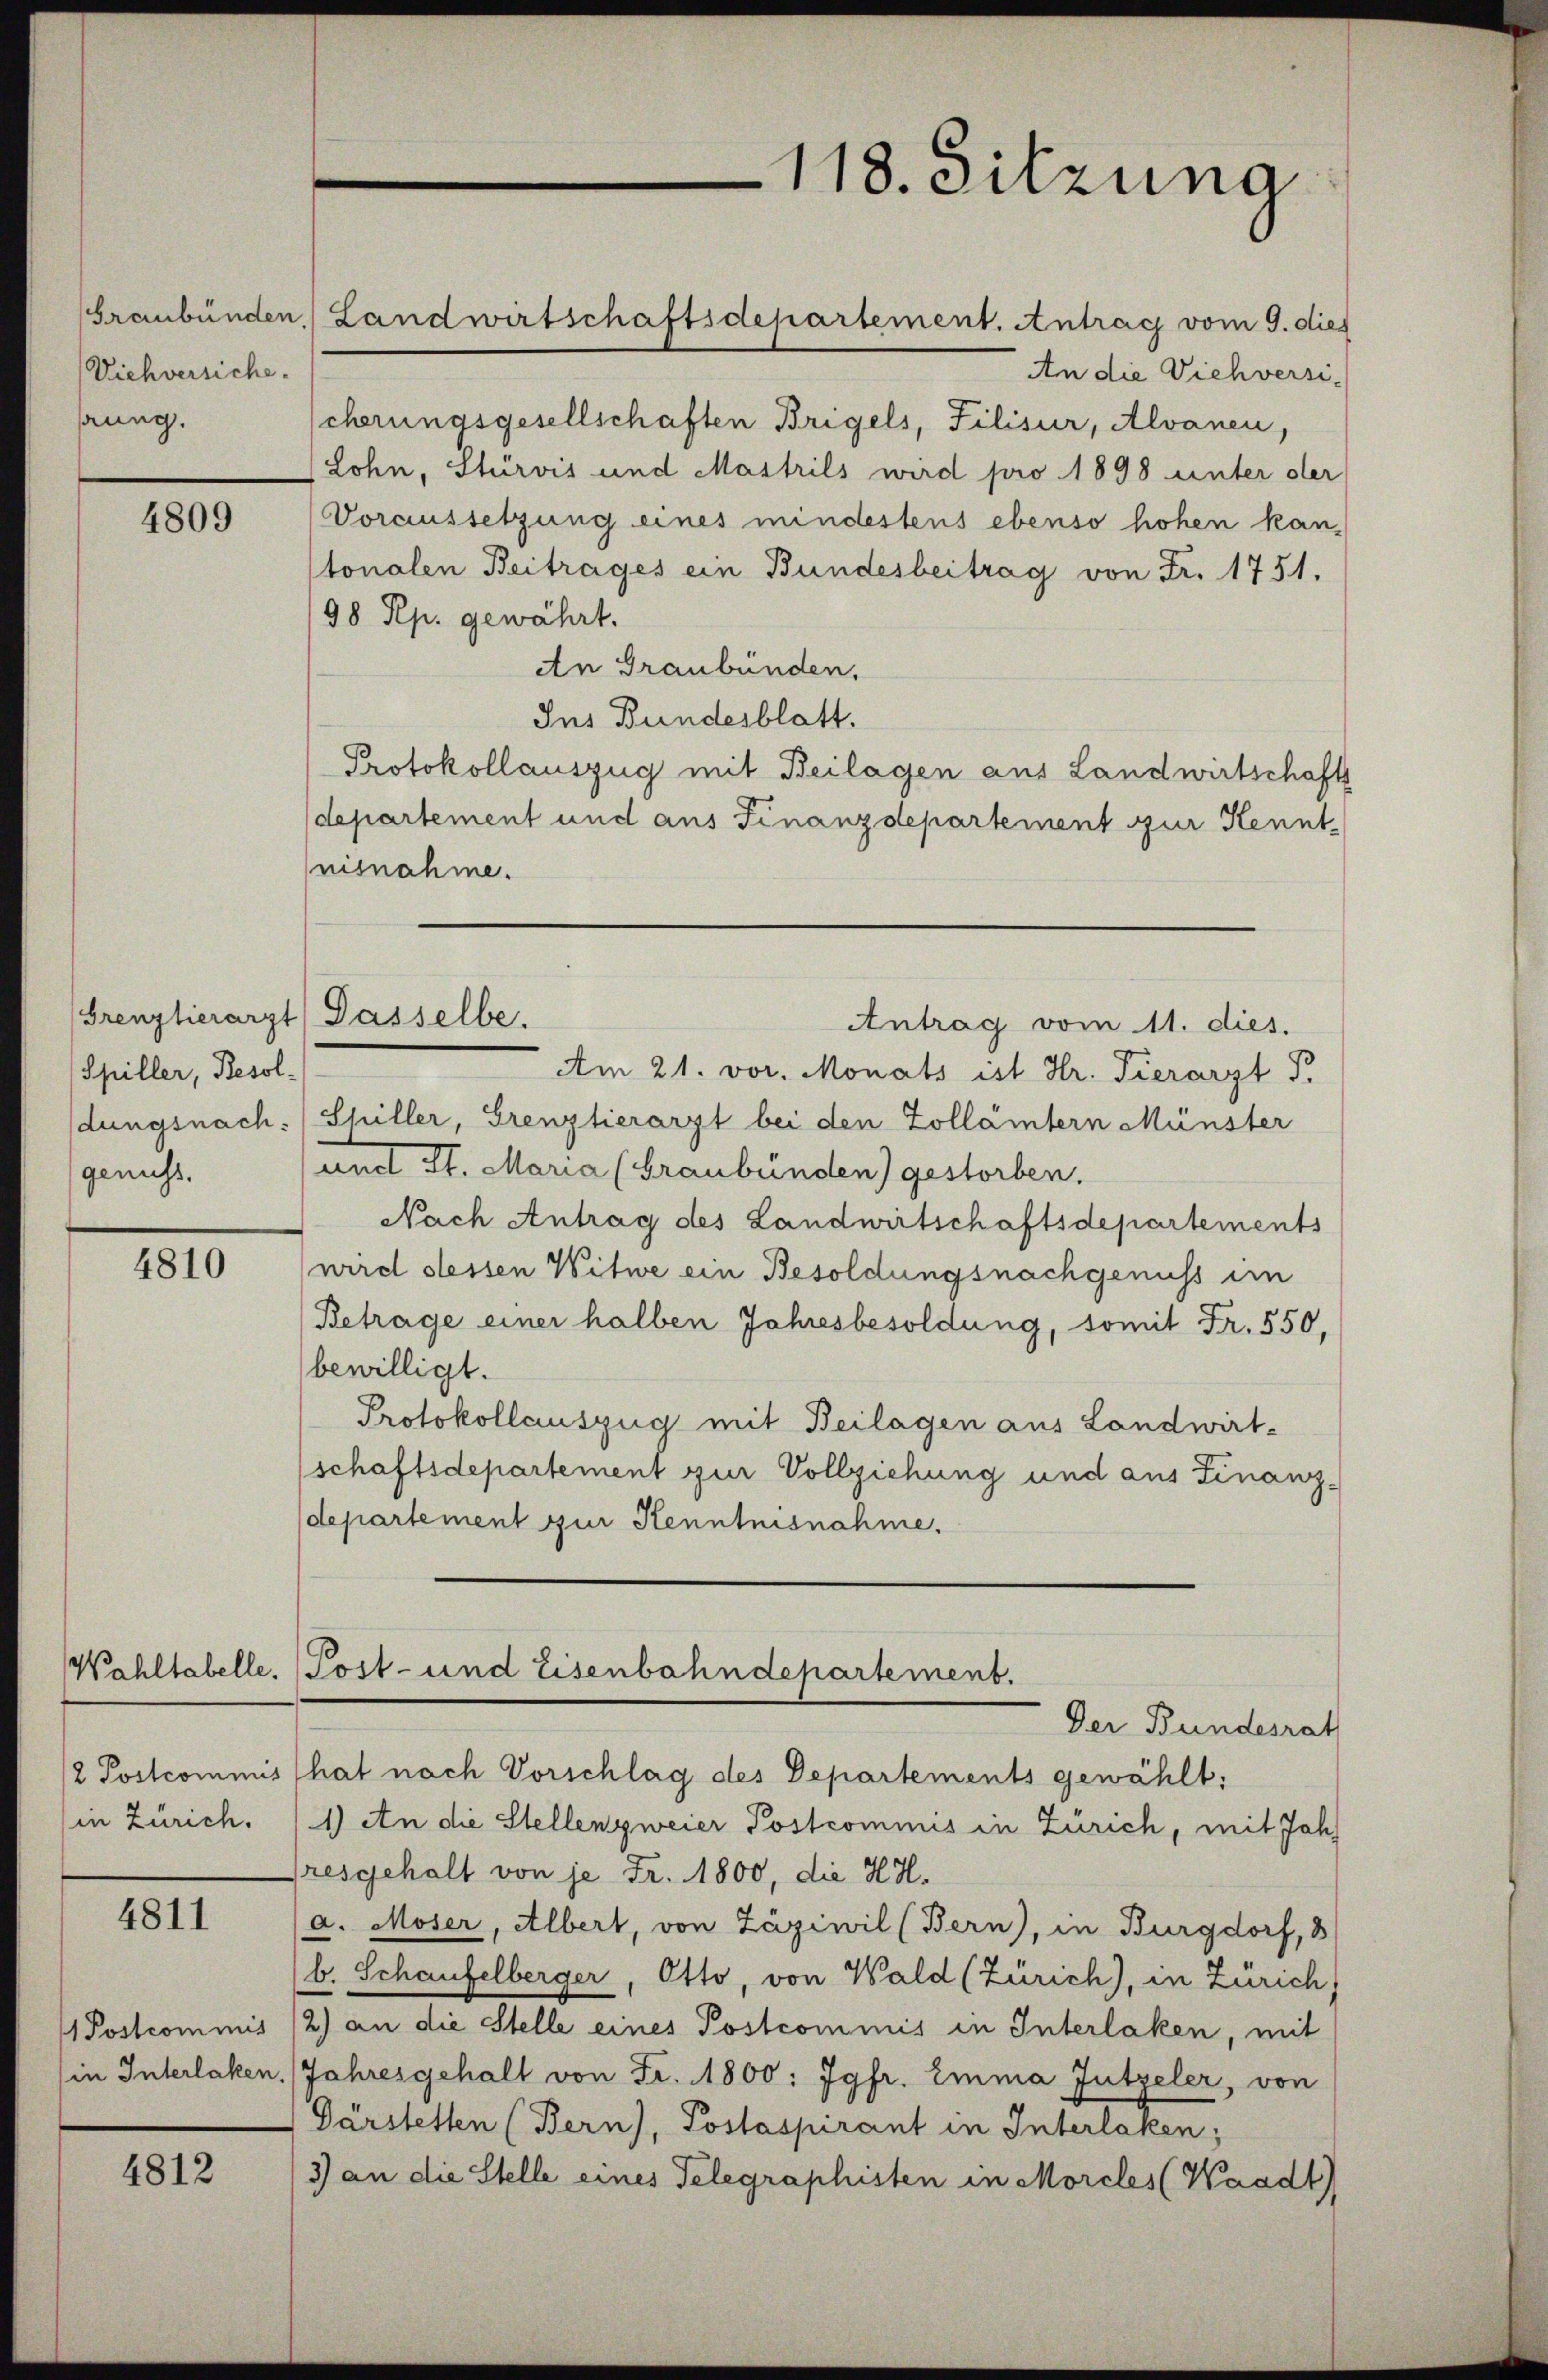
Viehversiche.
ung.

4809

Spiller, Besoldungsnach:
genuss.

4810

/2 Postcommis
(in Zürich.

4811

4812

Postcommis
in Interlaken,

Grenztierarzt Gasselbe.

An die Viehversischerungsgesellschaften Brigels, Filisur, Alvanen,
Lohn, Stürvis und Mastrils wird pro 1898 unter der
Voraussetzung eines mindestens ebenso hohen kantonalen Beitrages ein Bundesbeitrag von Fr. 1751.
98 Rp. gewährt.
An Graubünden,
Ins Bundesblatt.
Protokollauszug mit Beilagen aus Landwirtschafts
(departement und aus Finanzdepartement zur Kenntnisnahme.
Antrag vom 11. dies.
Am 21. vor. Monats ist Hr. Tierarzt F.
Chiller, Grenztierarzt bei den Zollämtern Münster
und St. Maria (Graubünden) gestorben.
Nach Antrag des Landwirtschaftsdepartements
wird dessen Witwe ein Besoldungsnachgenuss im
(Betrage einer halben Jahresbesoldung, somit Fr. 550,
bewilligt.
Protokollauszug mit Beilagen aus Landwirt-
(schaftsdepartement zur Vollziehung und aus Finanz-
departement zur Kenntnisnahme.
Wohltabelle. Post- und Eisenbahndepartement.
Der Bundesrat
hat nach Vorschlag des Departements gewählt:
1) An die Stellenzweier Postcommis in Zürich, mit Jahresgehalt von je Fr. 1800, die HH.
a. Moser, Albert, von Zäziwil (Bern), in Burgdorf, 3
b. Schaufelberger, Otto von Wald (Zürich), in Zürich,
/2) an die Stelle eines Postcommis in Interlaken, mit
Jahresgehalt von Fr. 1800: Jgfr. Emma Jntzeler, von
Gärstetten (Bern), Postaspirant in Interlaken;
3) an die Stelle eines Telegraphisten in Morcles (Waadt)

Graubünden Landwirtschaftsdepartement. Antrag vom 9. dies

118. Sitzung